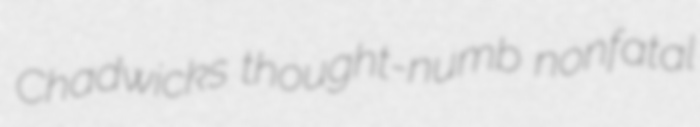
Chadwicks thought-numb nonfatal